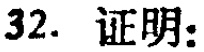
32. 证明：